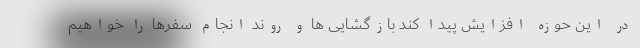
در این حوزه افزایش پیدا کند بازگشایی ها و روند انجام سفرها را خواهیم